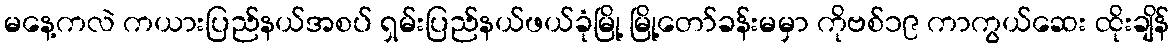
မနေ့ကလဲ ကယားပြည်နယ်အစပ် ရှမ်းပြည်နယ်ဖယ်ခုံမြို့ မြို့တော်ခန်းမမှာ ကိုဗစ်၁၉ ကာကွယ်ဆေး ထိုးချိန်